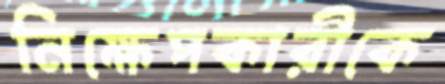
নিক্ষেপকারীকে